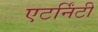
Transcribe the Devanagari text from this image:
एटर्निंटी